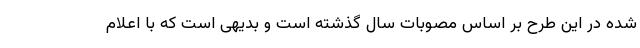
شده در این طرح بر اساس مصوبات سال گذشته است و بدیهی است که با اعلام